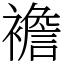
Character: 襜